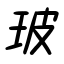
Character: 玻